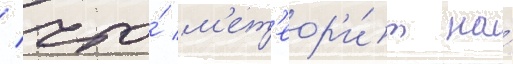
/ что́ м'ет'еор'и́т на́